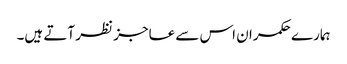
ہمارے حکمران اس سے عاجز نظر آتے ہیں۔